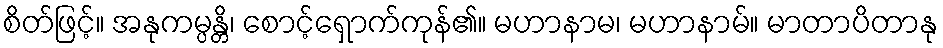
စိတ်ဖြင့်။ အနုကမ္ပန္တိ၊ စောင့်ရှောက်ကုန်၏။ မဟာနာမ၊ မဟာနာမ်။ မာတာပိတာနု